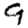
Digit: 9